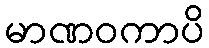
မာဏဝကာပိ